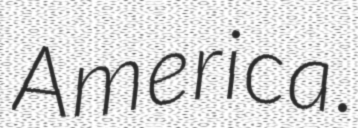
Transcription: America.